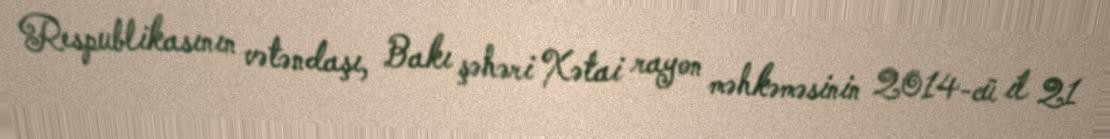
Respublikasının vətəndaşı, Bakı şəhəri Xətai rayon məhkəməsinin 2014-cü il 21